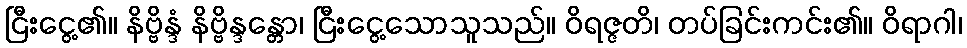
ငြီးငွေ့၏။ နိဗ္ဗိန္ဒံ နိဗ္ဗိန္ဒန္တော၊ ငြီးငွေ့သောသူသည်။ ဝိရဇ္ဇတိ၊ တပ်ခြင်းကင်း၏။ ဝိရာဂါ၊